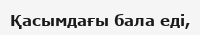
Қасымдағы бала едi,